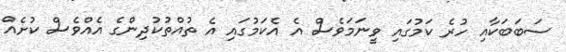
ސަބަބަކާއި ހުރެ ކަމުގައި ވީނަމަވެސް އެ އެކަމުގައި އެ ތުއްތުކުދިންގެ އެއްވެސް ކުށެއް